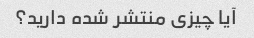
آیا چیزی منتشر شده دارید؟